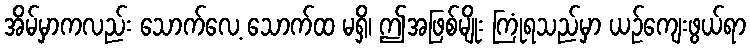
အိမ်မှာကလည်း သောက်လေ့ သောက်ထ မရှိ၊ ဤအဖြစ်မျိုး ကြုံရသည်မှာ ယဉ်ကျေးဖွယ်ရာ